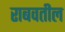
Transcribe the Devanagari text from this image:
राबवतील